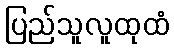
ပြည်သူလူထုထံ